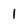
Character: 1